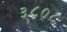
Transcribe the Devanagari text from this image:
३८०८